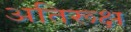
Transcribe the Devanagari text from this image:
अतिरूक्ष